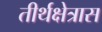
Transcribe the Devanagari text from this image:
तीर्थक्षेत्रास